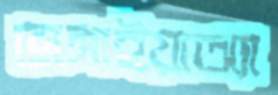
ভাঙ্গাইয়াঅ্যা